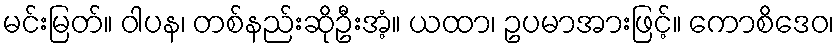
မင်းမြတ်။ ဝါပန၊ တစ်နည်းဆိုဦးအံ့။ ယထာ၊ ဥပမာအားဖြင့်။ ကောစိဒေဝ၊